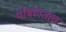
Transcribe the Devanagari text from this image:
पोषणतत्व